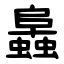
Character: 䘀